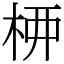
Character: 𫞉